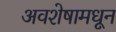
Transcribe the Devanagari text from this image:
अवशेषामधून